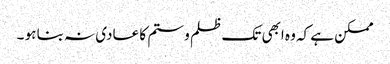
ممکن ہے کہ وہ ابھی تک ظلم و ستم کا عادی نہ بنا ہو ۔